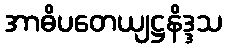
အာဓိပတေယျဋ္ဌနိဒ္ဒသ